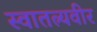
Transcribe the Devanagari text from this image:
स्वातत्र्यवीर